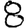
Digit: 8